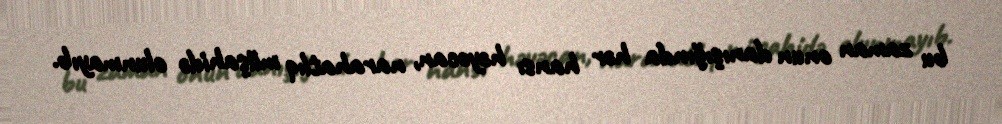
bu zaman onun danışığında hər hansı həyəcan, narahatlıq müşahidə olunmayıb.